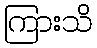
ကြားသိ